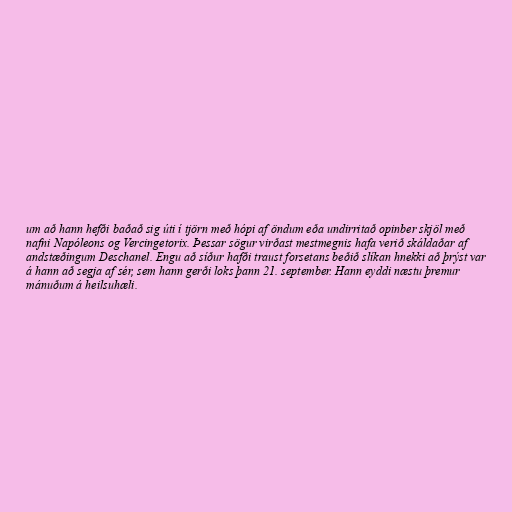
um að hann hefði baðað sig úti í tjörn með hópi af öndum eða undirritað opinber skjöl með
nafni Napóleons og Vercingetorix. Þessar sögur virðast mestmegnis hafa verið skáldaðar af
andstæðingum Deschanel. Engu að síður hafði traust forsetans beðið slíkan hnekki að þrýst var
á hann að segja af sér, sem hann gerði loks þann 21. september. Hann eyddi næstu þremur
mánuðum á heilsuhæli.